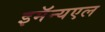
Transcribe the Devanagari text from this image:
इमॅन्यएल